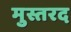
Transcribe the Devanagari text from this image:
मुस्तरद